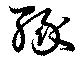
縁